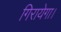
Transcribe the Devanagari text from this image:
गिरायेगा।